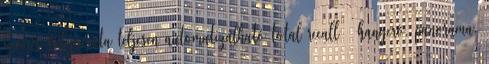
keverés folyamata teljesen automatizálható total recall – hangerô, panoráma,